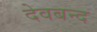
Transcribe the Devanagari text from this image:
देवबन्‍द